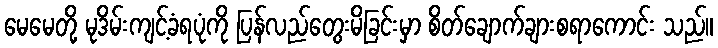
မေမေတို့ မုဒိမ်းကျင့်ခံရပုံကို ပြန်လည်တွေးမိခြင်းမှာ စိတ်ချောက်ချားစရာကောင်း သည်။